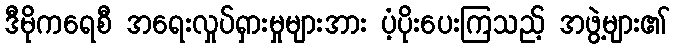
ဒီမိုကရေစီ အရေးလှုပ်ရှားမှုများအား ပံ့ပိုးပေးကြသည့် အဖွဲ့များ၏